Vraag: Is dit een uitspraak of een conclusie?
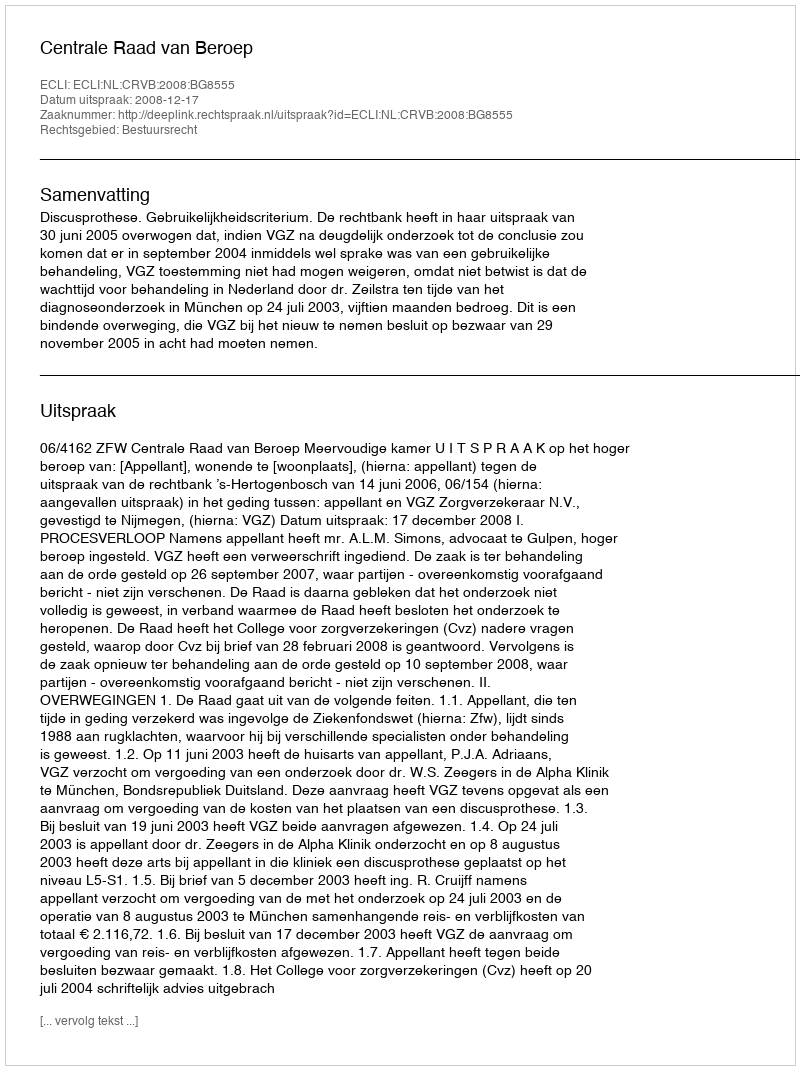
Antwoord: Uitspraak